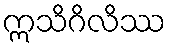
ဣသိဂိလိဿ